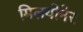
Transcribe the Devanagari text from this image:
मिलयोनेर